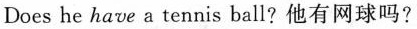
Does he have a tennis ball?他有网球吗?